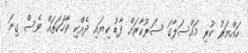
ހައްޔަރު ކުރި މައްސަލާގަ ސަރުކާރަށް ފާޑު ކިޔައި ދެއްކި ވާހަކަތައް ވެސް ގިނަ